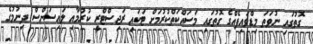
ގޮތުގައި ނުވަތަ މިޑްވައިފެއްގެ ގޮތުގައި މަސައްކަތްކުރުމަށް ޓަކައި ރަޖިސްޓްރީ ކުރުމާއި ލައިސަންސް ދިނުމުގެ